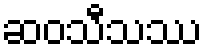
ဆဝသီသဿ